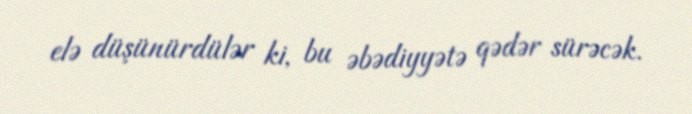
elə düşünürdülər ki, bu əbədiyyətə qədər sürəcək.